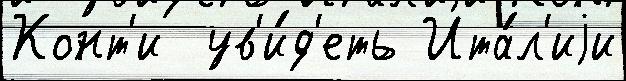
Конт'и  ув'и́д'еть Ита́л'иjи